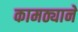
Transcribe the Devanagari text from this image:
कामठ्याने